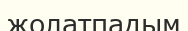
жолатпадым